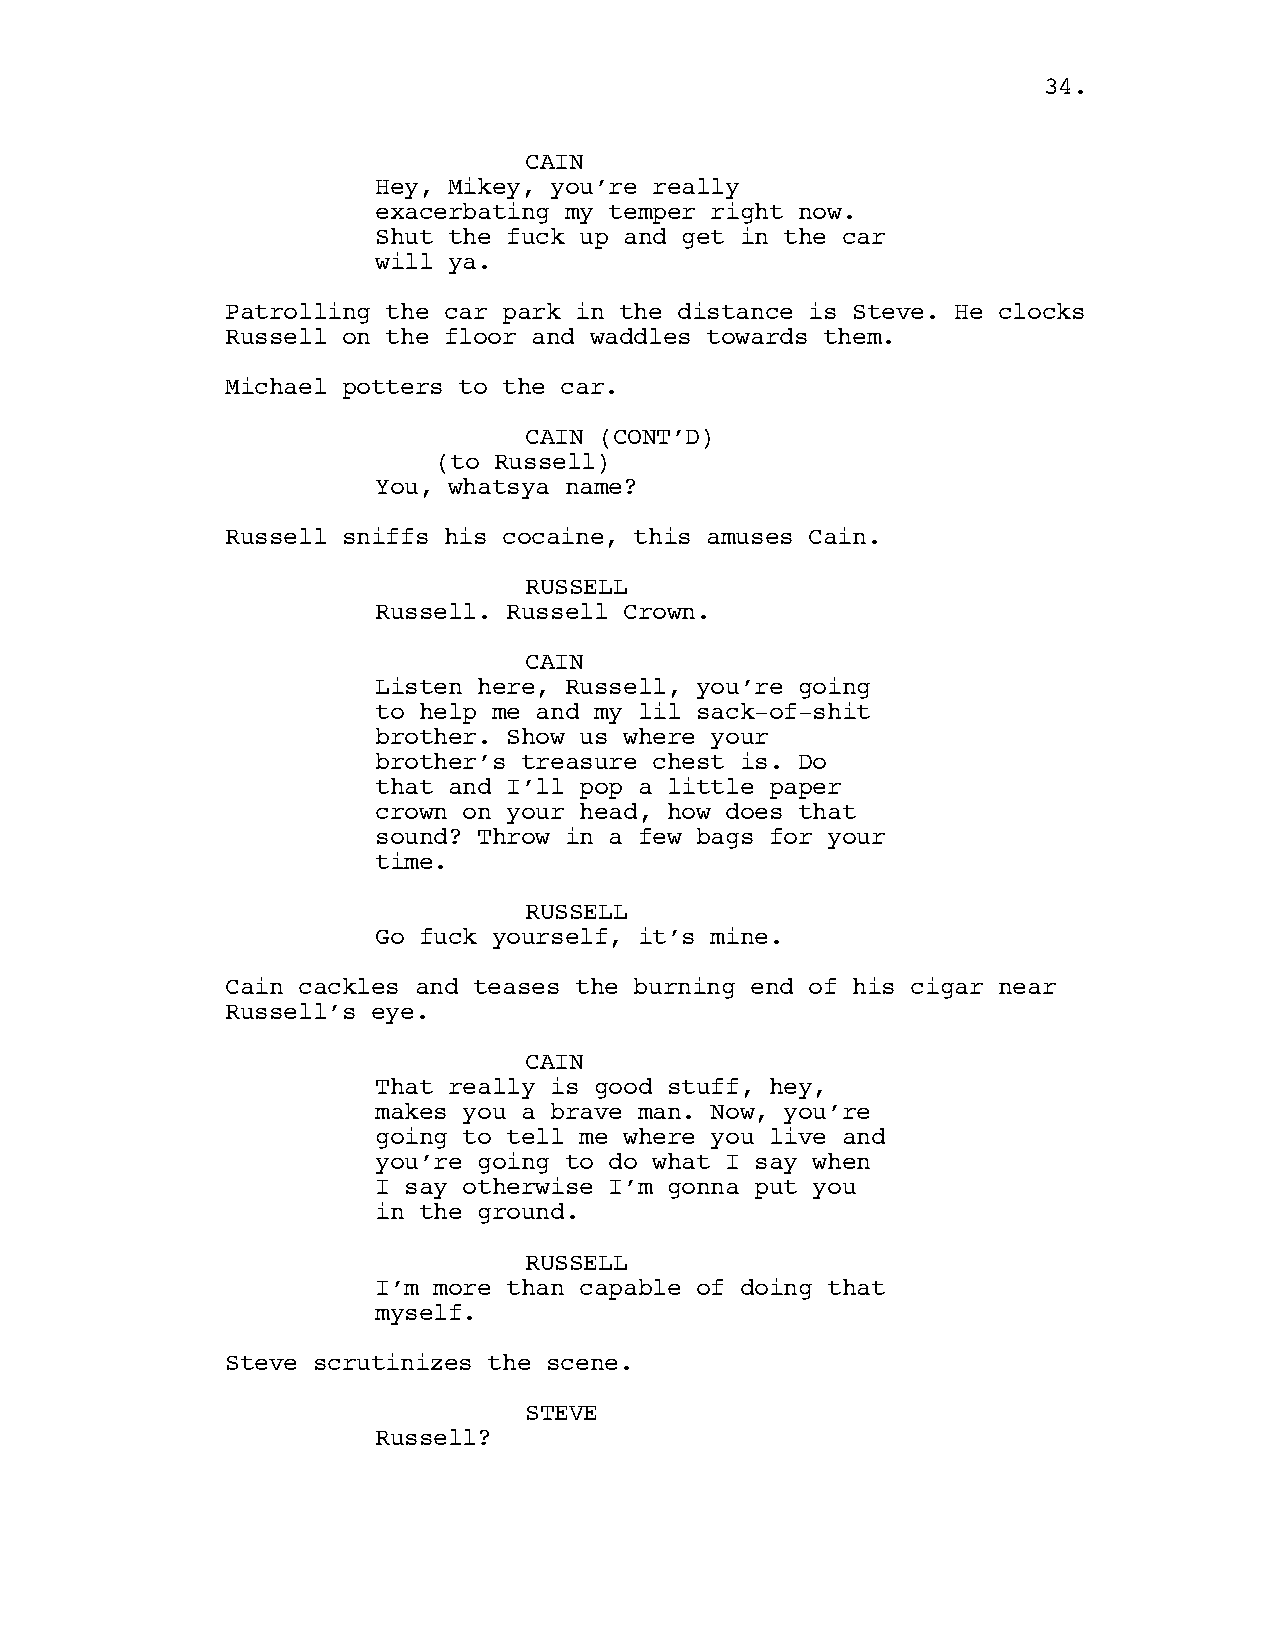
34.
 CAIN
 Hey, Mikey, you’re really
 exacerbating my temper right now.
 Shut the fuck up and get in the car
 will ya.
 Patrolling the car park in the distance is Steve. He clocks
 Russell on the floor and waddles towards them.
 Michael potters to the car.
 CAIN (CONT’D)
 (to Russell)
 You, whatsya name?
 Russell sniffs his cocaine, this amuses Cain.
 RUSSELL
 Russell. Russell Crown.
 CAIN
 Listen here, Russell, you’re going
 to help me and my lil sack-of-shit
 brother. Show us where your
 brother’s treasure chest is. Do
 that and I’ll pop a little paper
 crown on your head, how does that
 sound? Throw in a few bags for your
 time.
 RUSSELL
 Go fuck yourself, it’s mine.
 Cain cackles and teases the burning end of his cigar near
 Russell’s eye.
 CAIN
 That really is good stuff, hey,
 makes you a brave man. Now, you’re
 going to tell me where you live and
 you’re going to do what I say when
 I say otherwise I’m gonna put you
 in the ground.
 RUSSELL
 I’m more than capable of doing that
 myself.
 Steve scrutinizes the scene.
 STEVE
 Russell?